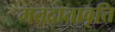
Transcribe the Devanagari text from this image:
मतदातावृत्ति